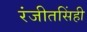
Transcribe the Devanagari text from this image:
रंजीतसिंही